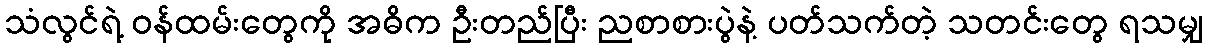
သံလွင်ရဲ့ ဝန်ထမ်းတွေကို အဓိက ဦးတည်ပြီး ညစာစားပွဲနဲ့ ပတ်သက်တဲ့ သတင်းတွေ ရသမျှ